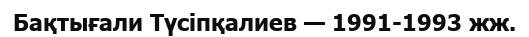
Бақтығали Түсіпқалиев — 1991-1993 жж.